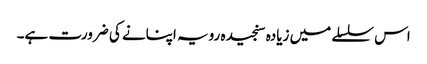
اس سلسلے میں زیادہ سنجیدہ رویہ اپنانے کی ضرورت ہے۔